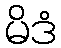
မိဒံ